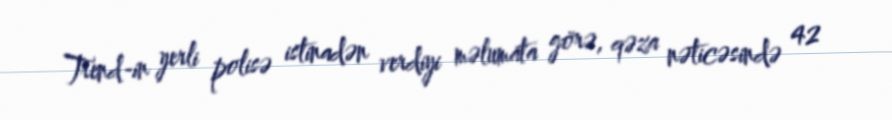
Trend-in yerli polisə istinadən verdiyi məlumata görə, qəza nəticəsində 42